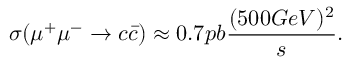
\sigma ( \mu ^ { + } \mu ^ { - } \rightarrow c \bar { c } ) \approx 0 . 7 p b { \frac { ( 5 0 0 G e V ) ^ { 2 } } { s } } .